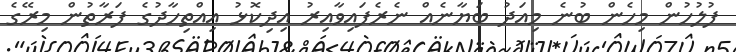
ފުލުހުން މިހެން ބުނެ މިއަދު ބަޔާނެއް ނެރެފައިވާއިރު އިދިކޮޅު އިއްތިހާދުގެ ފަރާތުން މިރޭގެ